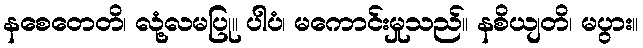
နစေတေတိ၊ လုံ့လမပြု။ ပါပံ၊ မကောင်းမှုသည်။ နစိယျတိ၊ မပွား။